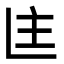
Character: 𬻻